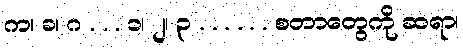
က၊ ခ၊ ဂ . . . ၁၊ ၂၊ ၃ . . . . . . စတာတွေကို ဆရာ၊